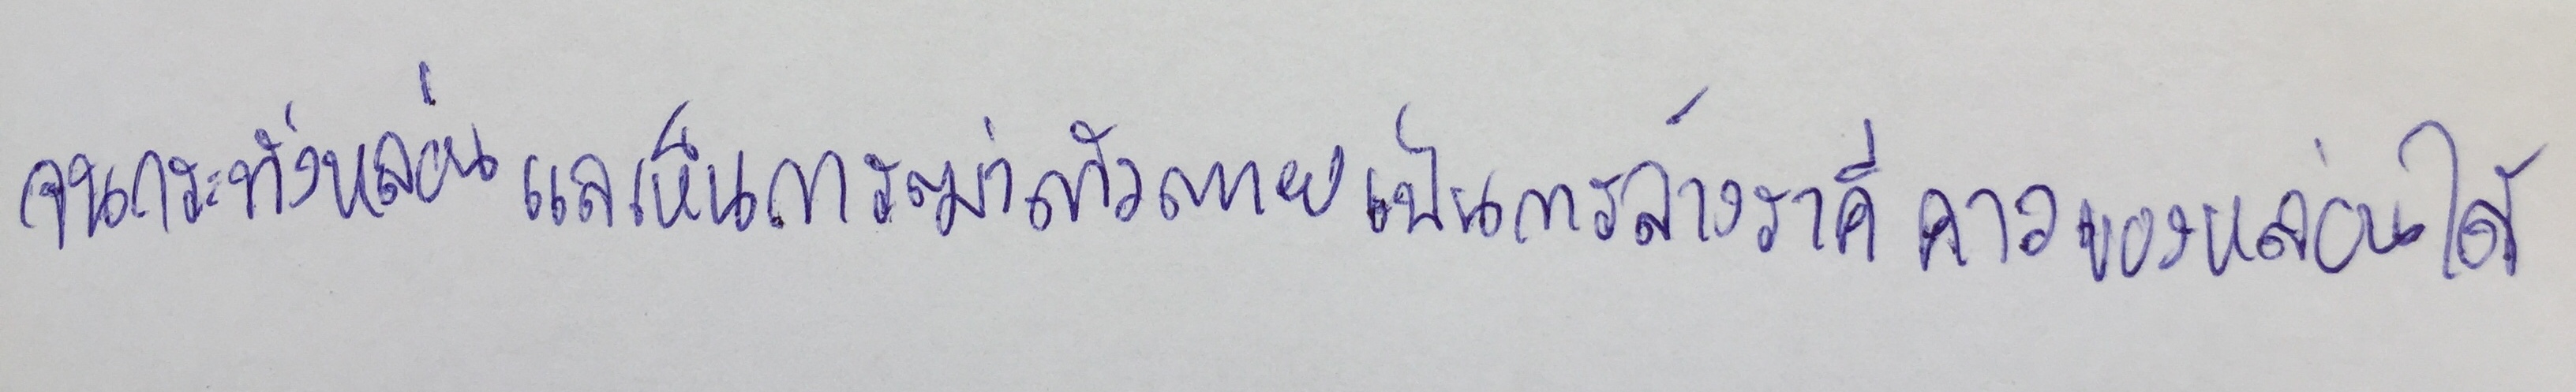
จนกระทั่งหล่อนแลเห็นการฆ่าตัวตายเป็นการล้างราคีคาวของหล่อนได้